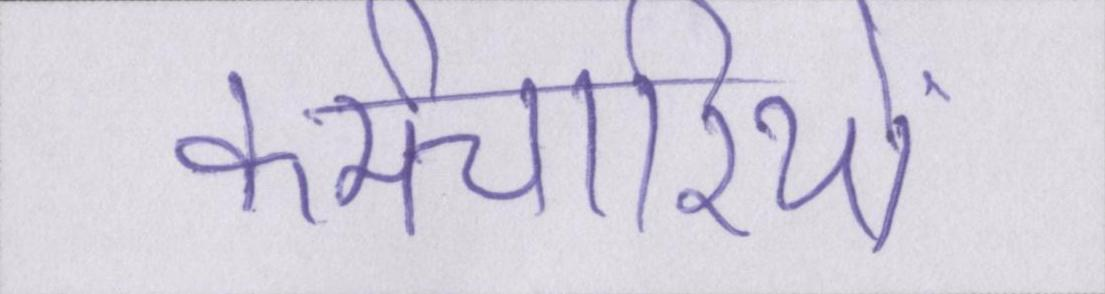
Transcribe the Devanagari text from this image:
कर्मचारियों